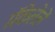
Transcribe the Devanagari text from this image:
मॅकेलेले